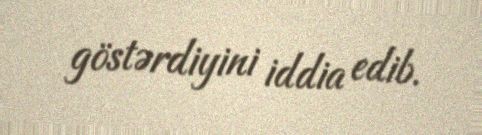
göstərdiyini iddia edib.